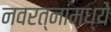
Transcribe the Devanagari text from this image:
नवरत्‍नांमध्ये